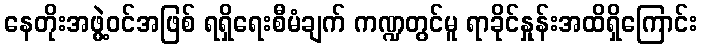
နေတိုးအဖွဲ့ဝင်အဖြစ် ရရှိရေးစီမံချက် ကဏ္ဍတွင်မူ ရာခိုင်နှုန်းအထိရှိကြောင်း